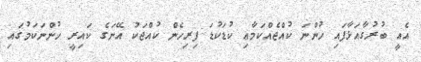
އެއީ ބުރުގާއަޅާފައި ހުންނަ ކުއްޖެއްކަމާޢި ކުޑަކުޑަ ފިރިހެން ކުއްޖަކު އޭނަގެ ކައިރީ ހުންނަކަމުގައި